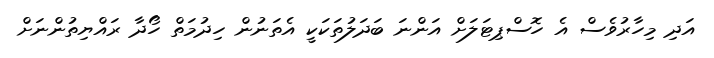
އަދި މިހާރުވެސް އެ ހޮސްޕިޓަލަށް އަންނަ ބަދަލުތަކަކީ އެތަނުން ހިދުމަތް ހޯދާ ރައްޔިތުންނަށް